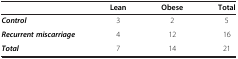
|  | Lean | Obese | Total |
 | --- | --- | --- | --- |
 | Control | 3 | 2 | 5 |
 | Recurrent miscarriage | 4 | 12 | 16 |
 | Total | 7 | 14 | 21 |